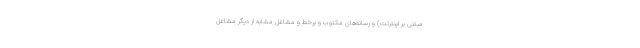
مبتنی بر اینترنت) و رسانه‌های مکتوب و برخط و مشاغل مشابه از دیگر مشاغل